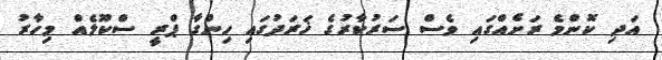
އަދި ކޮންމެ ރަށެއްގައި ވެސް ސަރުކާރުގެ ޚަރަދުގައި ހިންގާ ޕްރީ ސްކޫލެއް މިހާރު